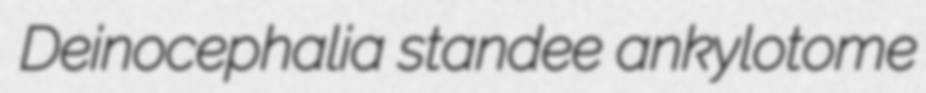
Deinocephalia standee ankylotome